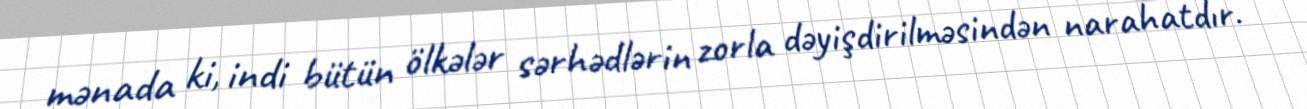
mənada ki, indi bütün ölkələr sərhədlərin zorla dəyişdirilməsindən narahatdır.